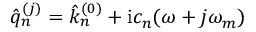
\hat { q } _ { n } ^ { ( j ) } = \hat { k } _ { n } ^ { ( 0 ) } + \mathrm { i } c _ { n } ( \omega + j \omega _ { m } )